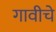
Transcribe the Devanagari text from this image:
गावीचे